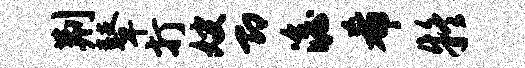
荆鼙打嫂即澹希疑